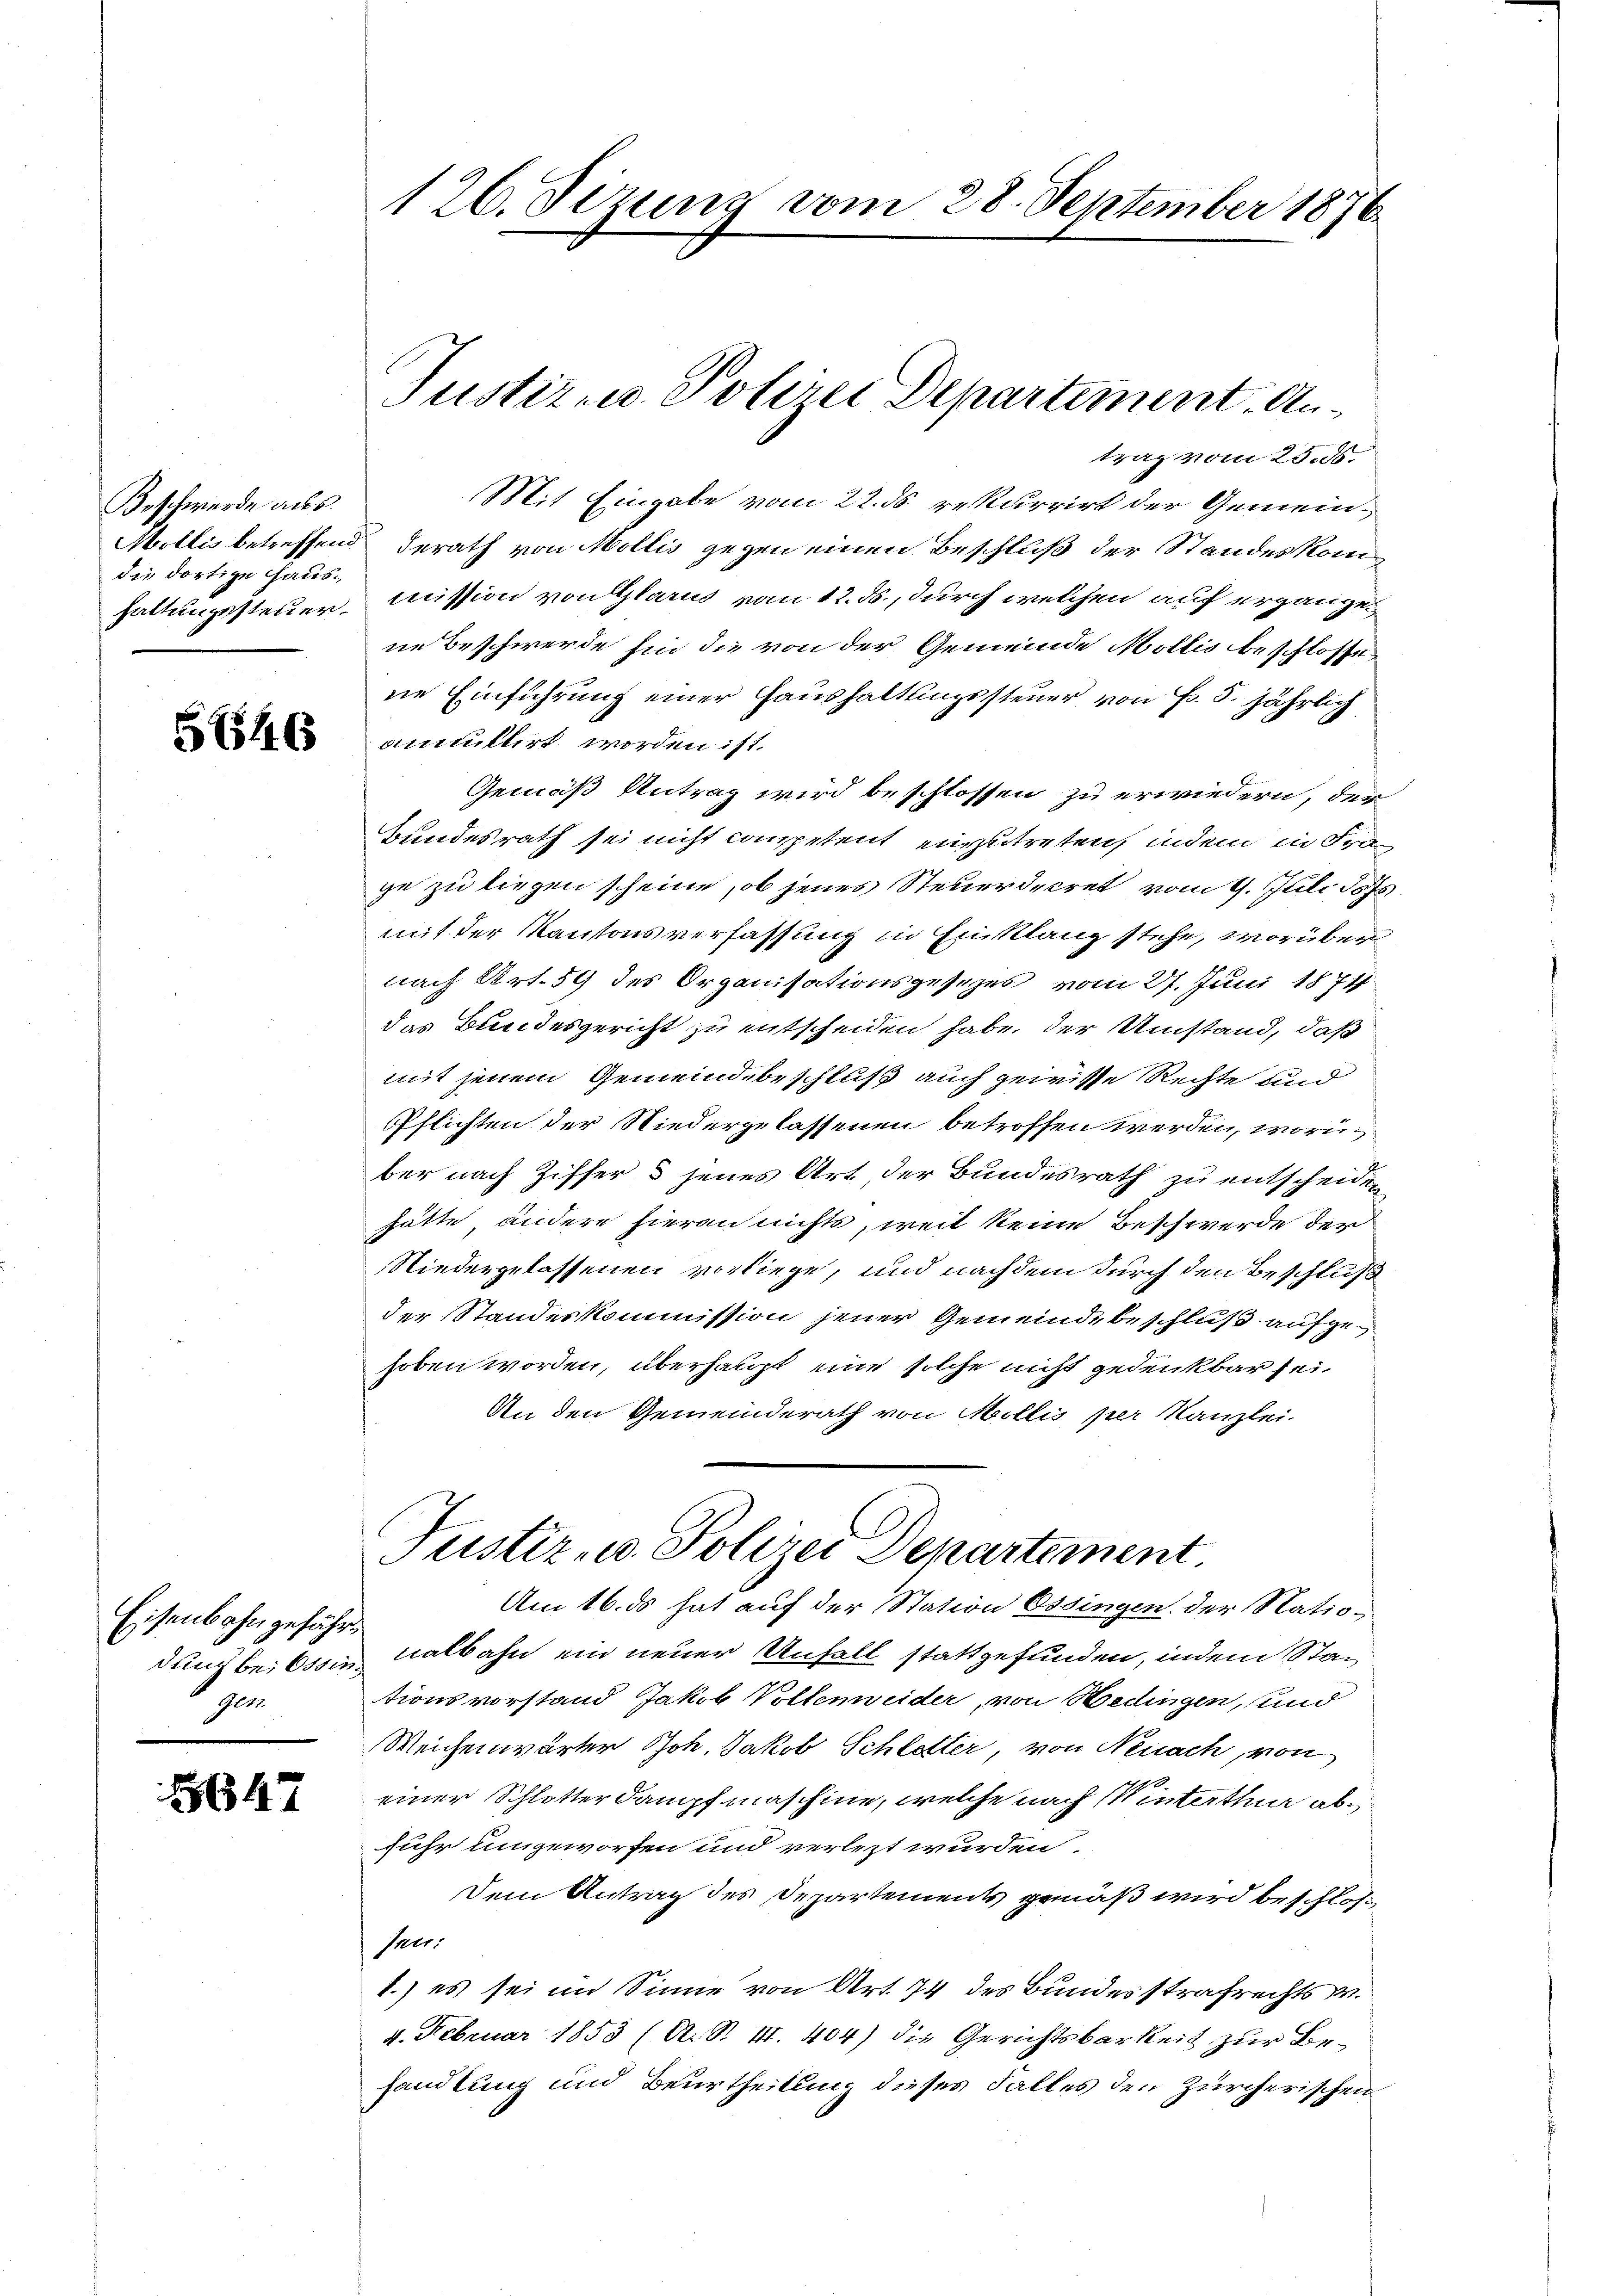
Beschwerde aus
die dortige Haus¬

5646

Eisenbahn gefährt
Gle

147

126. Sizung vom 28. September 1876.

Justiz u. Polizei Departement. Antrag vom 25. ds.

Mit Eingabe vom 22. ds rekurrirt der Gemein¬
Mollis betreffend Berath von Mollis gegen einen Beschluß der Standeskomhaltungssteuer mission von Glarus vom 12. ds., durch welchen auf ergängene Beschwerde hin die von der Gemeinde Mollis beschlosse
ne Einführung einer Haushaltungssteuer von Fr. 5. jährlich
anmittirt worden ist.
Gemäß Antrag wird beschlossen zu erwiedern, der
Bundesrath sei nicht competent einzutreten, indem in Frage zu liegen scheine, ob jenes Steuerdecret vom 9. Juli 1875.
mit der Kantonsverfassung in Einklang stehe, worüber
nach Art. 59 des Organisationsgesetzes vom 27. Juni 1874
das Bundesgericht zu entscheiden habe, der Umstand, daß
mit jenem Gemeindebeschluß auch gewisse Rechte und
Pflichten der Niedergelassenen betroffen werden, worin
ber nach Ziffers jenes Art, der Bundesrath zu entscheiden,
hätte, andere hieran nichts, weil keine Beschwerde der
Niedergelassenen vorliege, und nachdem durch den Beschluß
der Standeskommission jener Gemeinde beschluß aufgehoben worden, überhaupt eine solche nicht gedenkbar sei,
An den Gemeinderath von Mollis per Kanzlei-

Justiz- u. Polizei Departement.

Am 16. ds hat auf der Station Ossingen der Statio-
dung beitssin halbahn ein neuer Unfall stattgefunden, indem Stationsvorstand Jakob Vollenweider, von Hedingen, und
Weichenwärter Joh. Jakob Schletter, von Neuach, von
einer Schlotter dampfmaschine, welche nach Winterthur abfuhr umgeworfen und verletzt wurden.
Dem Antrag des Departements gemäß wird beschlos
Peer
1.) es sei im Sinne von Art. 74 des Bundesstrafrechts .
4. Februar 1853 (A. S. III. 404) die Gerichtsbarkeit zur Behandlung und Beurtheilung dieses Falles den Zürcherischen